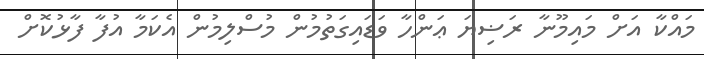
މައްކާ އަށް މައިމޫނާ ރަޟިޔަ ޢަންހާ ވަޑައިގަތުމުން މުސްލިމުން އެކަމާ އުފާ ފާޅުކޮށް